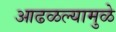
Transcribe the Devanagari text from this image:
आढळल्यामुळे